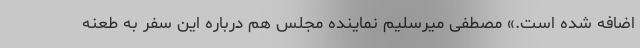
اضافه شده است.» مصطفی میرسلیم نماینده مجلس هم درباره این سفر به طعنه